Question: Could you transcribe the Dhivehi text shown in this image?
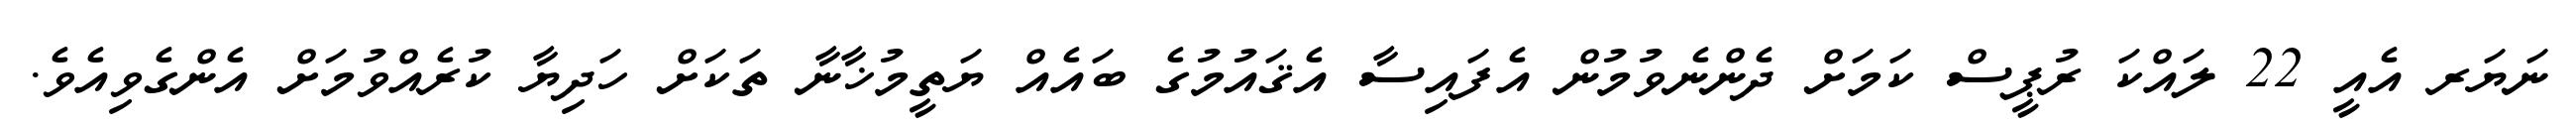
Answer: ނަޔަރ އެއީ 22 ލައްކަ ރުޕީސް ކަމަށް ދެންނެވުމުން އެފައިސާ އެޤައުމުގެ ބައެއް ޔަތީމުޚާނާ ތަކަށް ހަދިޔާ ކުރެއްވުމަށް އެންގެވިއެވެ.